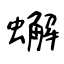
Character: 蠏